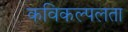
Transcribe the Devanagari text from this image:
कविकल्पलता